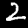
Digit: 2